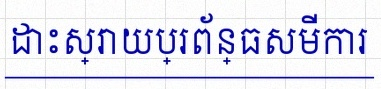
ដោះស្រាយប្រព័ន្ធសមីការ